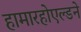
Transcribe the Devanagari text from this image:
हामारहोएल्डने